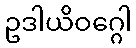
ဥဒါယိဝဂ္ဂေါ